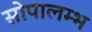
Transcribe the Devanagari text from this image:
सोपालम्भ